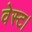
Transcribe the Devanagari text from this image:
वेस्ट।